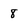
Character: 8